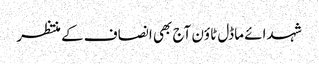
شہدائے ماڈل ٹاؤن آج بھی انصاف کے منتظر